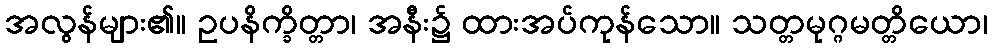
အလွန်များ၏။ ဥပနိက္ခိတ္တာ၊ အနီး၌ ထားအပ်ကုန်သော။ သတ္တမုဂ္ဂမတ္တိယော၊